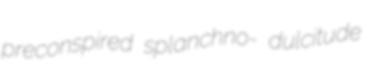
preconspired splanchno- dulcitude